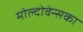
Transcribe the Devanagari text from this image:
मोल्दोवेन्सका